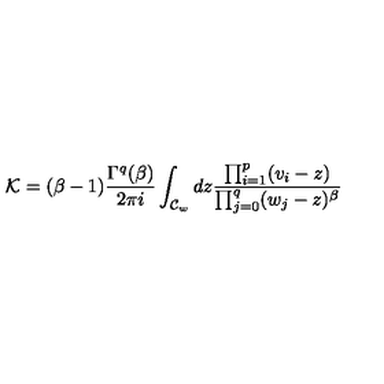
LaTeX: { \cal K } = ( \beta - 1 ) \frac { \Gamma ^ { q } ( \beta ) } { 2 \pi i } \int _ { { \cal C } _ { w } } d z \frac { \prod _ { i = 1 } ^ { p } ( v _ { i } - z ) } { \prod _ { j = 0 } ^ { q } ( w _ { j } - z ) ^ { \beta } }